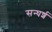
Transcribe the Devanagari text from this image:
सन्घर्श